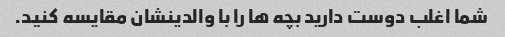
شما اغلب دوست دارید بچه ها را با والدینشان مقایسه کنید.